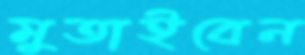
মুতাইবেন